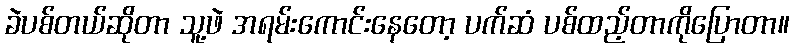
ခဲပစ်တယ်ဆိုတာ သူ့ဖဲ အရမ်းကောင်းနေတော့ ပက်ဆံ ပစ်ထည့်တာကိုပြောတာ။